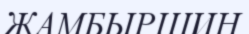
ЖАМБЫРШИН